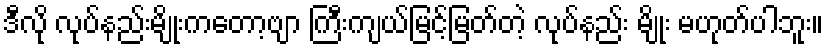
ဒီလို လုပ်နည်းမျိုးကတော့ဗျာ ကြီးကျယ်မြင့်မြတ်တဲ့ လုပ်နည်း မျိုး မဟုတ်ပါဘူး။